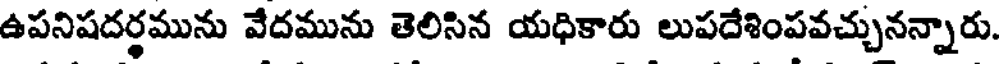
ఉపనిషదర్థమును వేదమును తెలిసిన యధికారు లుపదేశింపవచ్చునన్నారు.